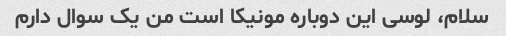
سلام، لوسی این دوباره مونیکا است من یک سوال دارم